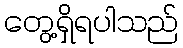
တွေ့ရှိရပါသည်